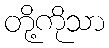
တို့ကိုသာ